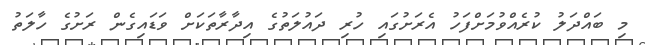
މި ބައްދަލު ކުރެއްވުމަށްފަހު އެރަށުގައި ހުރި ދައުލަތުގެ އިދާރާތަކަށް ވަޑައިގެން ރަށުގެ ހާލަތު